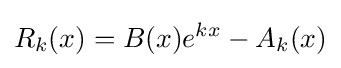
R_{k}(x)=B(x)e^{kx}-A_{k}(x)